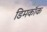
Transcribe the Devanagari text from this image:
डिमकॉक